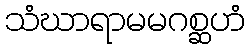
သံဃာရာမမဂစ္ဆဟံ